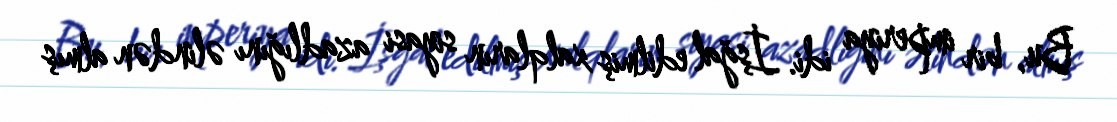
Bu, bir imperiya idi. İşğal edilmiş xalqların siyasi azadlığını əlindən almış